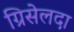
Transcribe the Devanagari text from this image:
ग्रिसेलदा